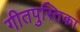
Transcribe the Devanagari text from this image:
गीतपुस्तिका